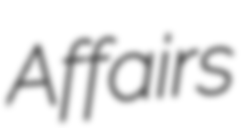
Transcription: Affairs